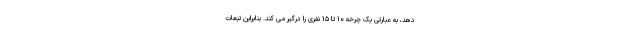
دهد، به عبارتی یک چرخه ۱۰ تا ۱۵ نفری را درگیر می کند. بنابراین تبعات